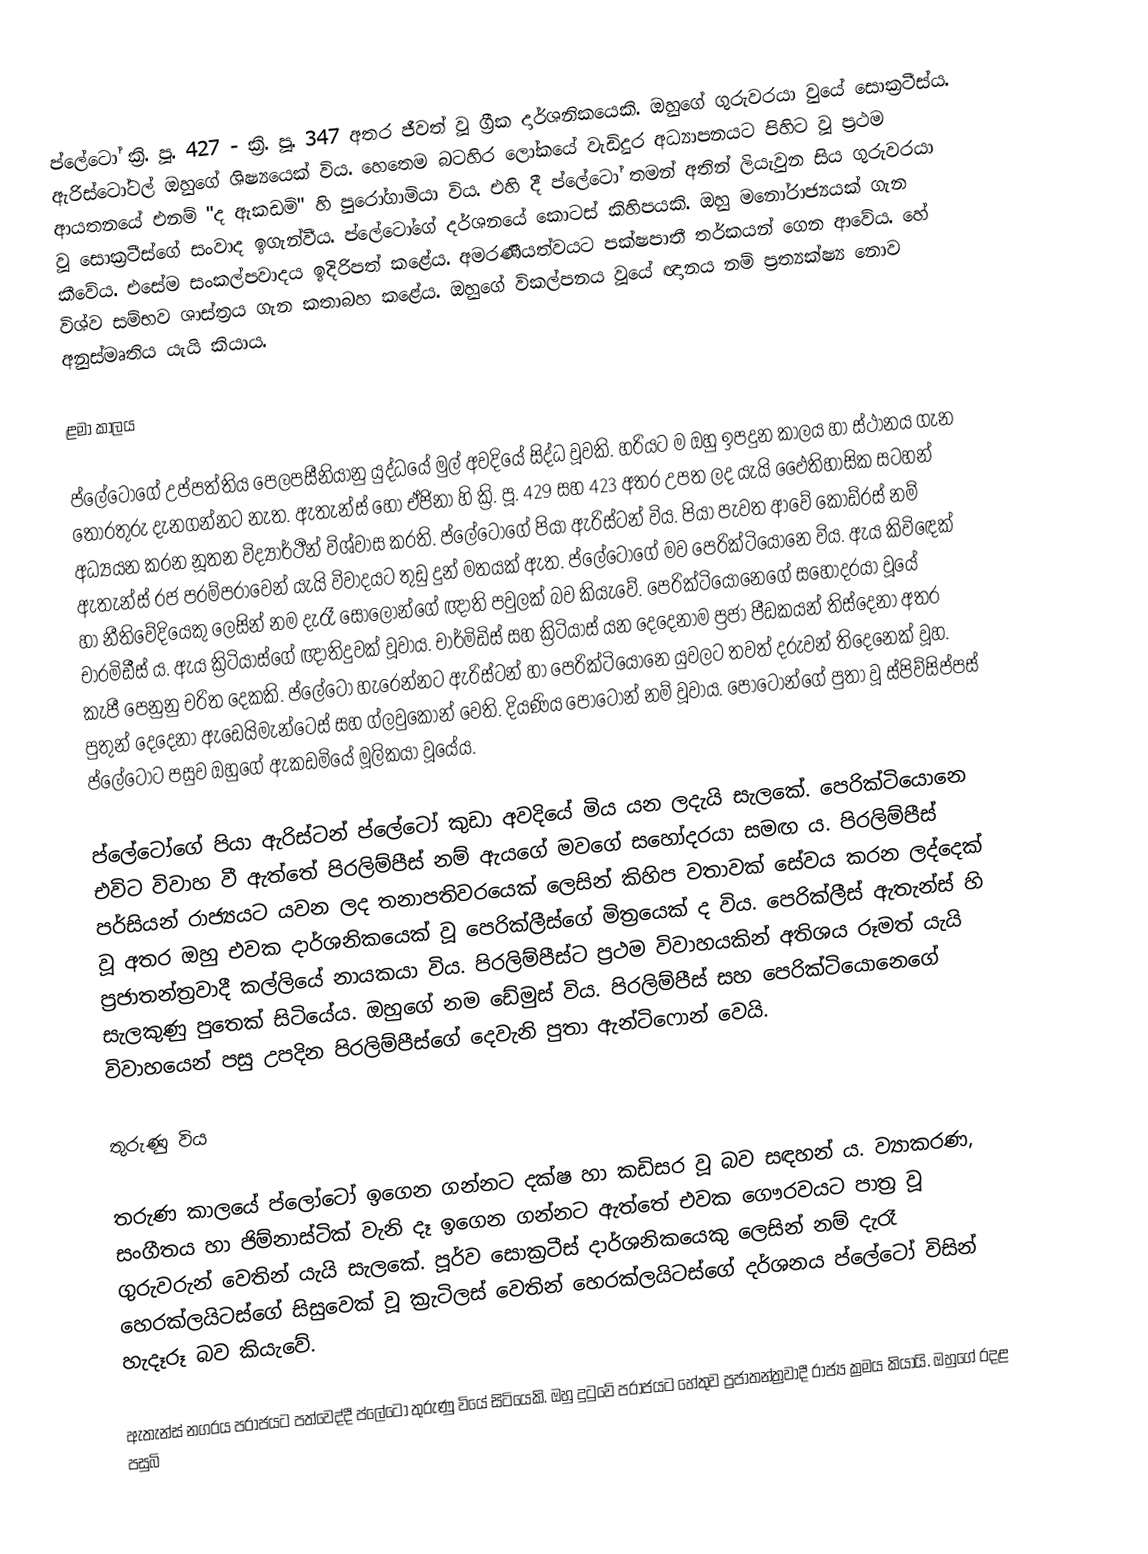
ප්ලේටෝ ක්‍රි. පූ. 427 - ක්‍රි. පූ. 347 අතර ජීවත් වූ ග්‍රීක දාර්ශනිකයෙකි. ඔහුගේ ගුරුවරයා වුයේ  සොක්‍රටීස්ය. ඇරිස්ටෝටල් ඔහුගේ ශිෂ්‍යයෙක් විය. හෙතෙම බටහිර ලෝකයේ වැඩිදුර අධ්‍යාපනයට පිහිට වූ ප්‍රථම ආයතනයේ එනම් "ද ඇකඩමි" හි පුරෝගාමියා විය. එහි දී ප්ලේටෝ තමන් අතින් ලියැවුන සිය ගුරුවරයා වූ සොක්‍රටීස්ගේ සංවාද ඉගැන්වීය. ප්ලේටෝගේ දර්ශනයේ කොටස් කිහිපයකි. ඔහු මනෝරාජ්‍යයක් ගැන කීවේය. එසේම සංකල්පවාදය ඉදිරිපත් කළේය. අමරණීයත්වයට පක්ෂපාතී තර්කයන් ගෙන ආවේය. හේ විශ්ව සම්භව ශාස්ත්‍රය ගැන කතාබහ කළේය. ඔහුගේ විකල්පනය වූයේ ඥානය නම් ප්‍රත්‍යක්ෂ්‍ය නොව අනුස්මෘතිය යැයි කියාය.

ළමා කාලය

ප්ලේටෝගේ උප්පත්තිය පෙලපසීනියානු යුද්ධයේ මුල් අවදියේ සිද්ධ වූවකි. හරියට ම ඔහු ඉපදුන කාලය හා ස්ථානය ගැන තොරතුරු දැනගන්නට නැත. ඇතැන්ස් හෝ ඒජිනා හි ක්‍රි. පූ. 429 සහ 423 අතර උපත ලද යැයි ඵෛතිහාසික සටහන් අධ්‍යයන කරන නූතන විද්‍යාර්ථීන් විශ්වාස කරති. ප්ලේටෝගේ පියා ඇරිස්ටන් විය. පියා පැවත ආවේ කොඩ්රස් නම් ඇතැන්ස් රජ පරම්පරාවෙන් යැයි විවාදයට තුඩු දුන් මතයක් ඇත. ප්ලේටෝගේ මව පෙරික්ටියොනෙ විය. ඇය කිවිඳෙක් හා නීතිවේදියෙකු ලෙසින් නම දැරෑ සොලොන්ගේ ඥාති පවුලක් බව කියැවේ. පෙරික්ටියොනෙගේ සහෝදරයා වූයේ චාරමිඩීස් ය. ඇය ක්‍රිටියාස්ගේ ඥාතිදුවක් වූවාය. චාර්මිඩිස් සහ ක්‍රිටියාස් යන දෙදෙනාම ප්‍රජා පීඩකයන් තිස්දෙනා අතර කැපී පෙනුනු චරිත දෙකකි. ප්ලේටෝ හැරෙන්නට ඇරිස්ටන් හා පෙරික්ටියොනෙ යුවලට තවත් දරුවන් තිදෙනෙක් වූහ. පුතුන් දෙදෙනා ඇඩෙයිමැන්ටෙස් සහ ග්ලවුකොන් වෙති. දියණිය පොටොන් නම් වූවාය. පොටොන්ගේ පුතා වූ ස්පිව්සිප්පස් ප්ලේටෝට පසුව ඔහුගේ ඇකඩමියේ මූලිකයා වූයේය.

ප්ලේටෝගේ පියා ඇරිස්ටන් ප්ලේටෝ කුඩා අවදියේ මිය යන ලදැයි සැලකේ. පෙරික්ටියොනෙ එවිට විවාහ වී ඇත්තේ පිරලිම්පීස් නම් ඇයගේ මවගේ සහෝදරයා සමඟ ය. පිරලිම්පීස් පර්සියන් රාජ්‍යයට යවන ලද තනාපතිවරයෙක් ලෙසින් කිහිප වතාවක් සේවය කරන ලද්දෙක් වූ අතර ඔහු එවක දාර්ශනිකයෙක් වූ පෙරික්ලීස්ගේ මිත්‍රයෙක් ද විය. පෙරික්ලීස් ඇතැන්ස් හි ප්‍රජාතන්ත්‍රවාදී කල්ලියේ නායකයා විය. පිරලිම්පීස්ට ප්‍රථම විවාහයකින් අතිශය රූමත් යැයි සැලකුණු පුතෙක් සිටියේය. ඔහුගේ නම ඩේමුස් විය. පිරලිම්පීස් සහ පෙරික්ටියොනෙගේ විවාහයෙන් පසු උපදින පිරලිම්පීස්ගේ දෙවැනි පුතා ඇන්ටිෆොන් වෙයි.

තුරුණු විය

තරුණ කාලයේ ප්ලෝටෝ ඉගෙන ගන්නට දක්ෂ හා කඩිසර වූ බව සඳහන් ය. ව්‍යාකරණ, සංගීතය හා ජිම්නාස්ටික් වැනි දෑ ඉගෙන ගන්නට ඇත්තේ එවක ගෞරවයට පාත්‍ර වූ ගුරුවරුන් වෙතින් යැයි සැලකේ.  පූර්ව සොක්‍රටීස් දාර්ශනිකයෙකු ලෙසින් නම් දැරෑ හෙරක්ලයිටස්ගේ සිසුවෙක් වූ ක්‍රැටිලස් වෙතින් හෙරක්ලයිටස්ගේ දර්ශනය ප්ලේටෝ විසින් හැදෑරූ බව කියැවේ.

ඇතැන්ස් නගරය පරාජයට පත්වෙද්දී ප්ලේටෝ තුරුණු වියේ සිටියෙකි. ඔහු දුටුවේ පරාජයට හේතුව ප්‍රජාතන්ත්‍රවාදී රාජ්‍ය ක්‍රමය කියායි. ඔහුගේ රදළ පසුබි